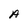
Character: A